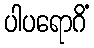
ပါပရောဂိံ